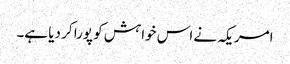
امریکہ نے اس خواہش کو پورا کر دیا ہے۔